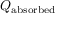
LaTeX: Q _ { \mathrm { a b s o r b e d } }